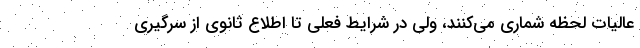
عالیات لحظه شماری می‌کنند، ولی در شرایط فعلی تا اطلاع ثانوی از سرگیری